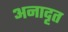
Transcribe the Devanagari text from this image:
अनादृत